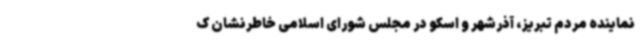
نماینده مردم تبریز، آذرشهر و اسکو در مجلس شورای اسلامی خاطرنشان ک